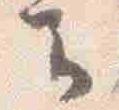
云